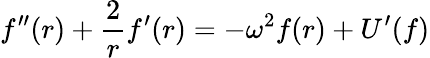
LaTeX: f^{\prime\prime}(r)+\frac{2}{r}f^{\prime}(r)=-\omega^{2}f(r)+U^{\prime}(f)